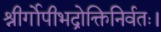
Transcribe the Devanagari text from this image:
श्रीर्गोपीभद्रोक्तिनिर्वतः।